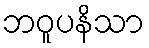
ဘဝူပနိသာ